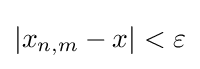
|x_{n,m}-x|<\varepsilon